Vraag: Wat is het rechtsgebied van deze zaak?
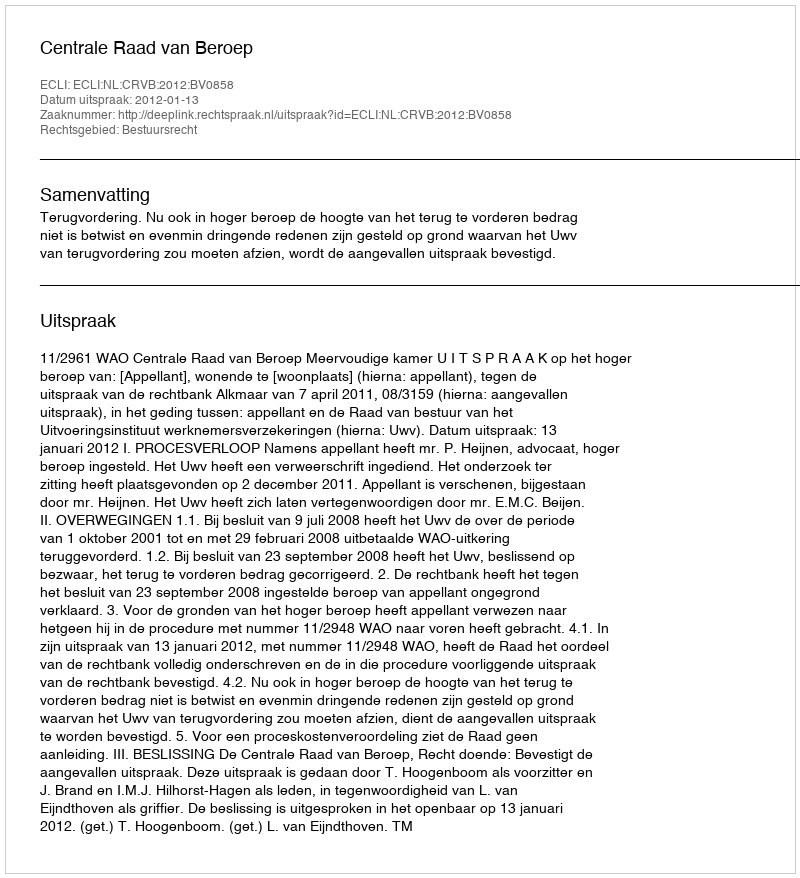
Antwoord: Bestuursrecht